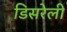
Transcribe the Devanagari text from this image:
डिसरेली